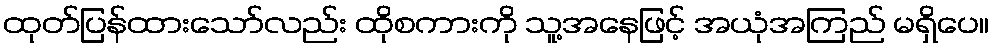
ထုတ်ပြန်ထားသော်လည်း ထိုစကားကို သူ့အနေဖြင့် အယုံအကြည် မရှိပေ။